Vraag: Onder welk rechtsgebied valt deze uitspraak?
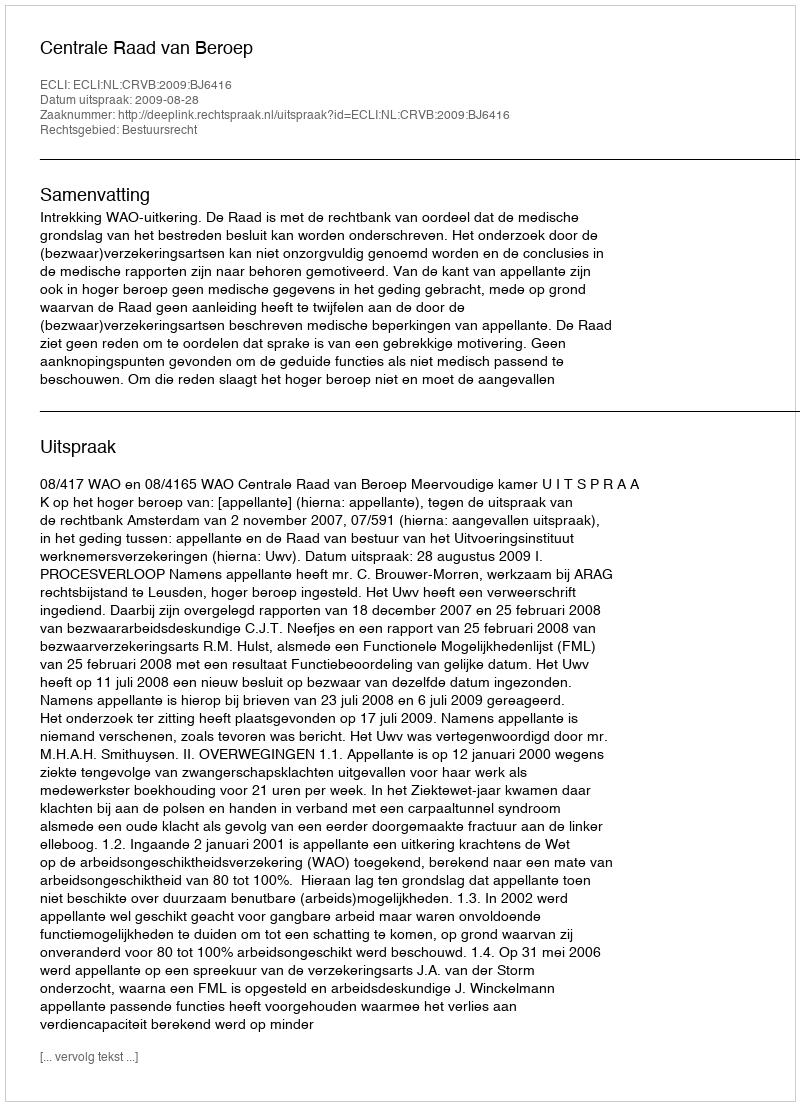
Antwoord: Bestuursrecht